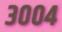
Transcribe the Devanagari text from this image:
३००४